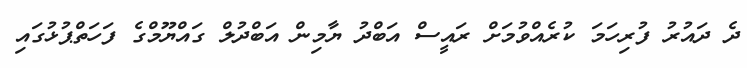
ދެ ދައުރު ފުރިހަމަ ކުރެއްވުމަށް ރައީސް އަބްދު ޔާމިން އަބްދުލް ގައްޔޫމްގެ ފަހަތްޕުޅުގައި